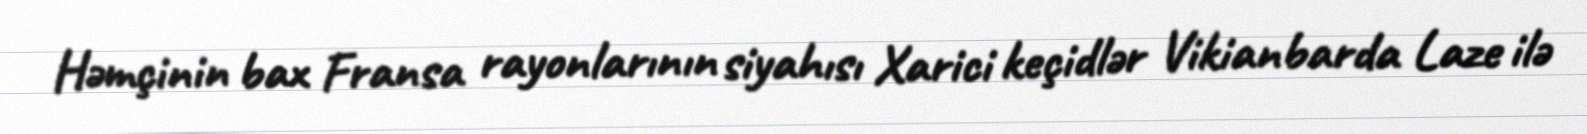
Həmçinin bax Fransa rayonlarının siyahısı Xarici keçidlər Vikianbarda Laze ilə